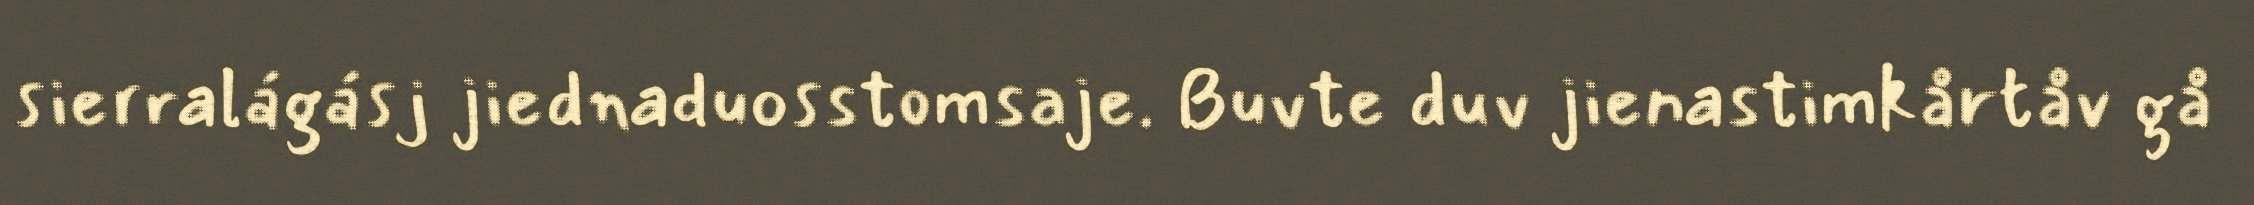
sierralágásj jiednaduosstomsaje. Buvte duv jienastimkårtåv gå